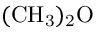
\mathrm { ( C H _ { 3 } ) _ { 2 } O }